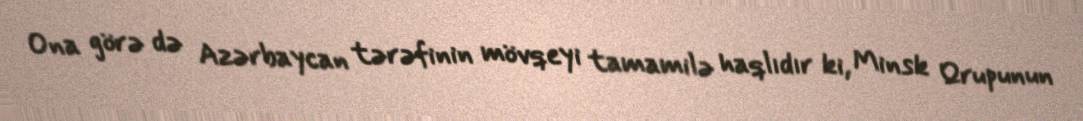
Ona görə də Azərbaycan tərəfinin mövqeyi tamamilə haqlıdır ki, Minsk Qrupunun